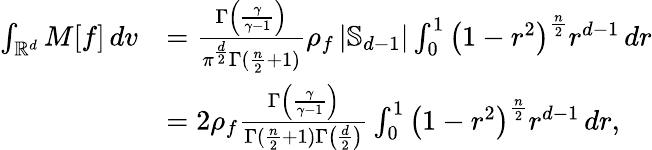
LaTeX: \begin{array}{rl}{\int_{\mathbb{R}^{d}}M[f]\, dv}&{=\frac{\Gamma\left(\frac{\gamma}{\gamma-1}\right)}{\pi^{\frac d2}\Gamma(\frac n2+1)}\rho_{f}\left|\mathbb{S}_{d-1}\right|\int_{0}^{1}\left(1-r^{2}\right)^{\frac n2}r^{d-1}\, dr}\\ &{=2\rho_{f}\frac{\Gamma\left(\frac{\gamma}{\gamma-1}\right)}{\Gamma(\frac n2+1)\Gamma\left(\frac{d}{2}\right)}\int_{0}^{1}\left(1-r^{2}\right)^{\frac n2}r^{d-1}\, dr,}\end{array}